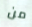
من